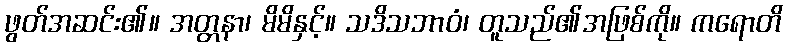
ဖွတ်အဆင်း၏။ အတ္တနာ၊ မိမိနှင့်။ သဒိသဘာဝံ၊ တူသည်၏အဖြစ်ကို။ ကရောတိ